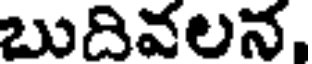
బుదివలన,